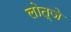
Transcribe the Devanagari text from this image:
लोत्जे